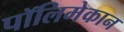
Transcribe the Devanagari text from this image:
पॉलिमेकान